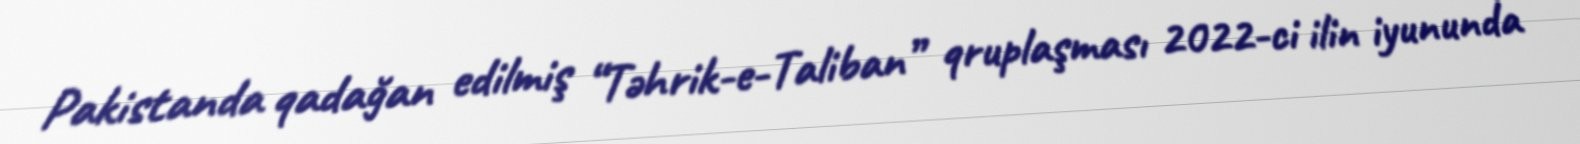
Pakistanda qadağan edilmiş “Təhrik-e-Taliban” qruplaşması 2022-ci ilin iyununda